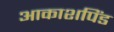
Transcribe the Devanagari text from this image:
आकाशपिंड